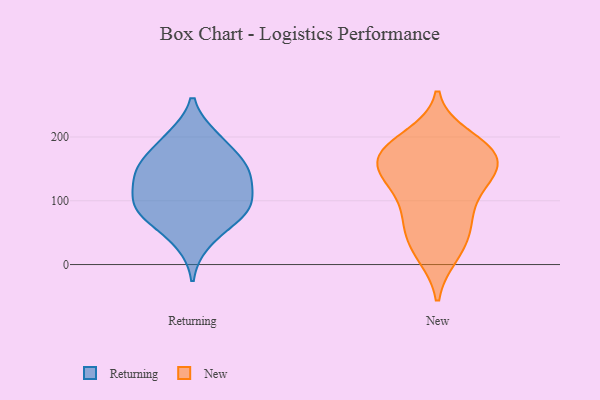
{"axis": {"x": "LTV (USD)", "y": "Value"}, "legend": ["New", "Returning"], "data": [{"x": "", "y": 151, "type": "Returning"}, {"x": "", "y": 35, "type": "Returning"}, {"x": "", "y": 150, "type": "Returning"}, {"x": "", "y": 197, "type": "Returning"}, {"x": "", "y": 81, "type": "Returning"}, {"x": "", "y": 162, "type": "Returning"}, {"x": "", "y": 85, "type": "Returning"}, {"x": "", "y": 91, "type": "Returning"}, {"x": "", "y": 69, "type": "Returning"}, {"x": "", "y": 200, "type": "Returning"}, {"x": "", "y": 96, "type": "Returning"}, {"x": "", "y": 150, "type": "Returning"}, {"x": "", "y": 127, "type": "Returning"}, {"x": "", "y": 117, "type": "Returning"}, {"x": "", "y": 144, "type": "New"}, {"x": "", "y": 115, "type": "New"}, {"x": "", "y": 159, "type": "New"}, {"x": "", "y": 59, "type": "New"}, {"x": "", "y": 17, "type": "New"}, {"x": "", "y": 129, "type": "New"}, {"x": "", "y": 125, "type": "New"}, {"x": "", "y": 160, "type": "New"}, {"x": "", "y": 86, "type": "New"}, {"x": "", "y": 188, "type": "New"}, {"x": "", "y": 200, "type": "New"}, {"x": "", "y": 180, "type": "New"}, {"x": "", "y": 15, "type": "New"}, {"x": "", "y": 156, "type": "New"}, {"x": "", "y": 64, "type": "New"}, {"x": "", "y": 49, "type": "New"}, {"x": "", "y": 179, "type": "New"}, {"x": "", "y": 177, "type": "New"}]}